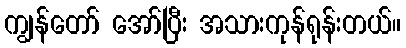
ကျွန်တော် အော်ပြီး အသားကုန်ရုန်းတယ်။